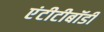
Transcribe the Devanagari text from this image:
एंटीटीबॉडी